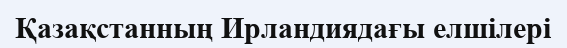
Қазақстанның Ирландиядағы елшілері